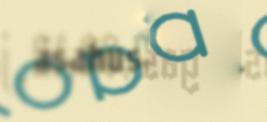
ásahusaiguin.